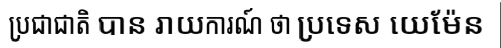
ប្រជាជាតិ បាន រាយការណ៍ ថា ប្រទេស យេម៉ែន